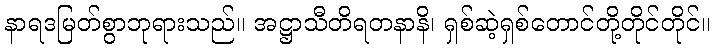
နာရဒမြတ်စွာဘုရားသည်။ အဋ္ဌာသီတိရတနာနိ၊ ရှစ်ဆဲ့ရှစ်တောင်တို့တိုင်တိုင်။